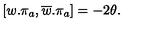
\left[ w . \mathbf { \pi } _ { a } , \overline { { w } } . \mathbf { \pi } _ { a } \right] = - 2 \theta .